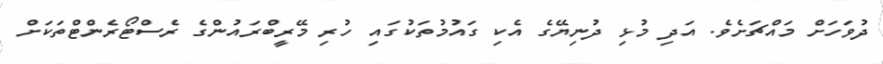
ދުވަހަށް މައްޗަށެވެ. އަދި މުޅި ދުނިޔޭގެ އެކި ގައުމުތަކުގައި ހުރި މޭރީބްރައުންގެ ރެސްޓޯރެންޓްތަކަށް